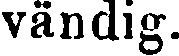
vändig.